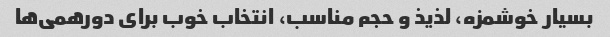
بسیار خوشمزه، لذیذ و حجم مناسب، انتخاب خوب برای دورهمی‌ها